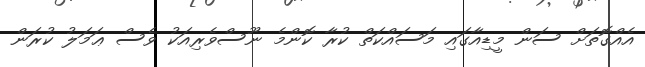
އެއްގޮތަށް ސަން މީޑިއާގައި މަސައްކަތް ކުރާ ކޮންމެ ނޫސްވެރިއަކު ވެސް ޢަމަލު ކުރަން